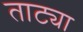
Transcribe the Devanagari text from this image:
ताट्या